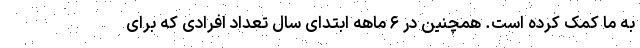
به ما کمک کرده است. همچنین در ۶ ماهه ابتدای سال تعداد افرادی که برای